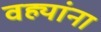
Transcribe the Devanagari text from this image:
वह्यांना